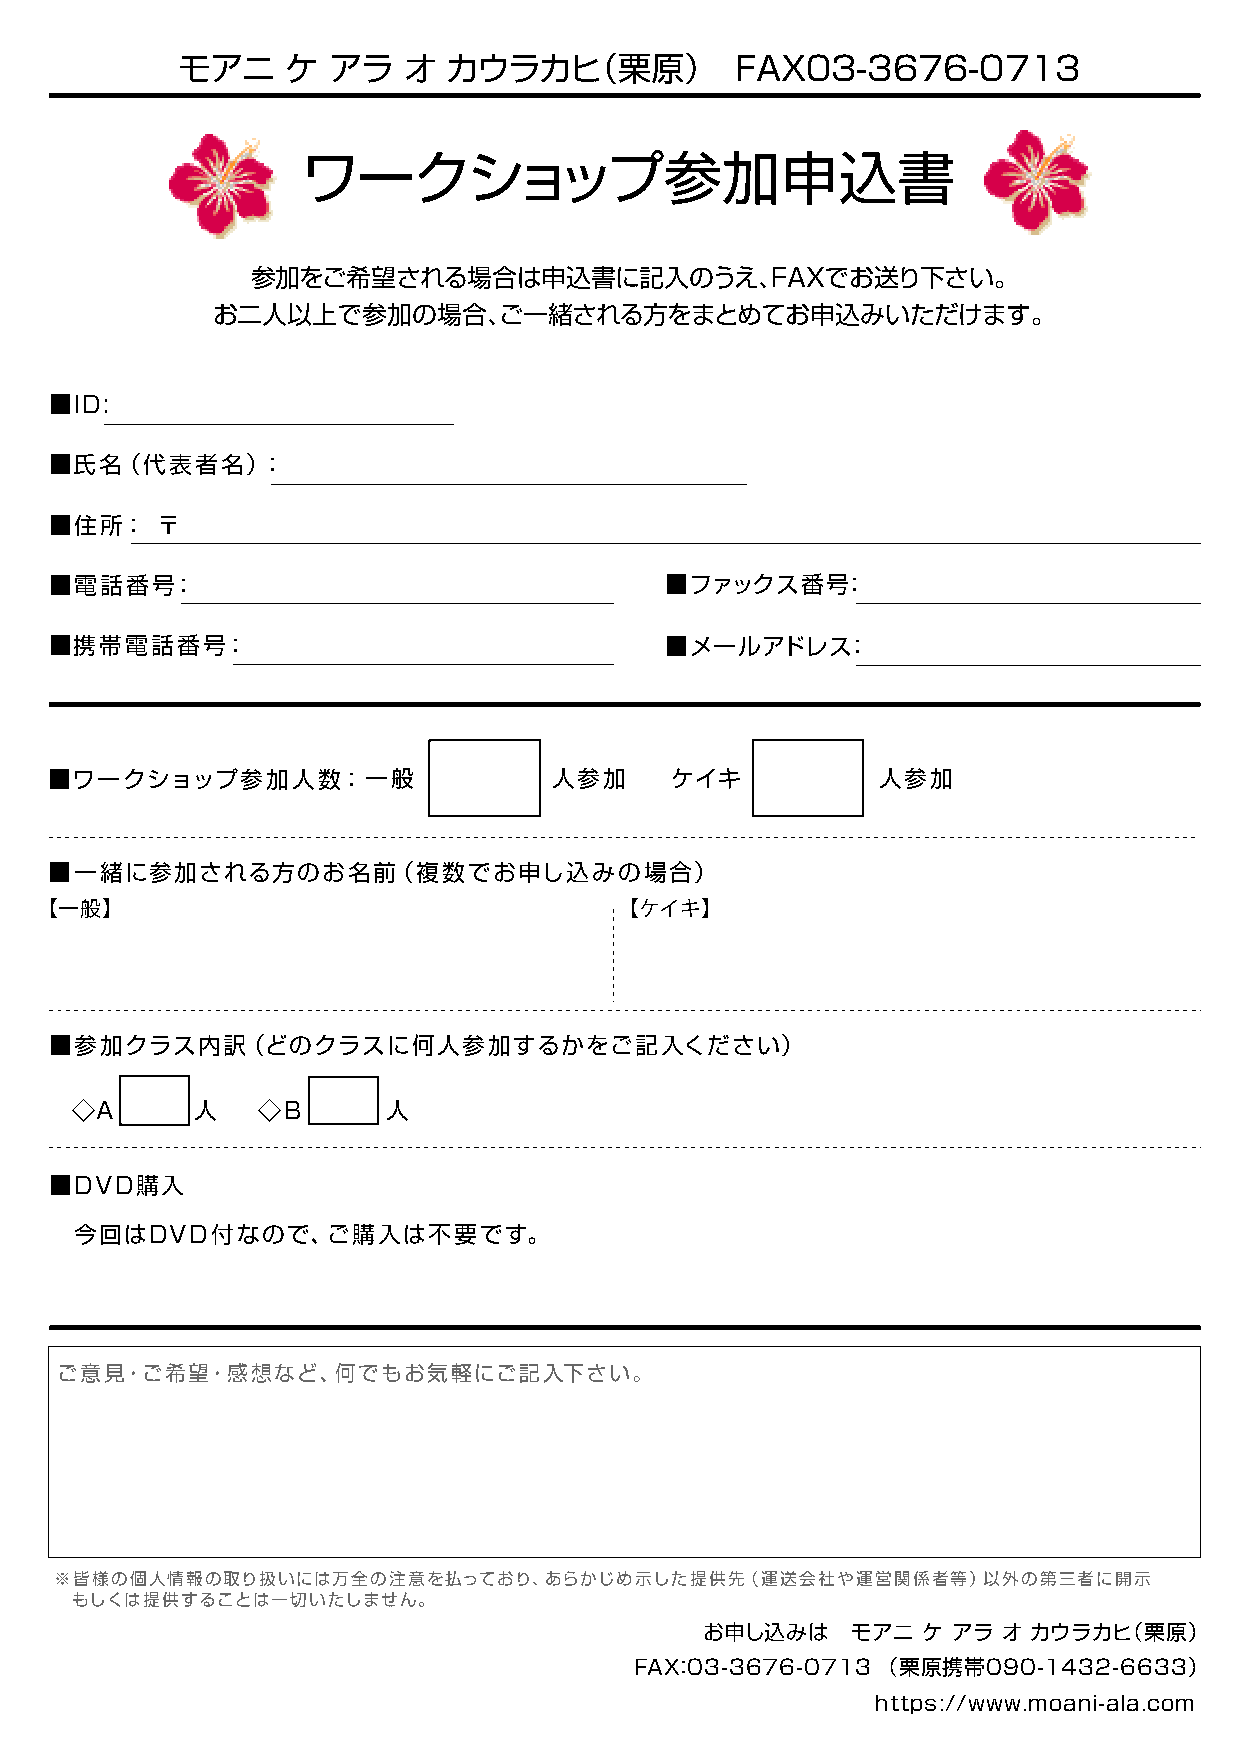
モアニ    ケ  アラ   オ  カウラカヒ（栗原）          FAX03-3676-0713
 ワークショップ参加申込書
 参加をご希望される場合は申込書に記入のうえ、FAXでお送り下さい。
 お二人以上で参加の場合、ご一緒される方をまとめてお申込みいただけます。
 ■ID:
 ■氏名（代表者名）：
 ■住所：   〒
 ■電話番号：                                   ■ファックス番号：
 ■携帯電話番号：                                 ■メールアドレス：
 ■ワークショップ参加人数：一般                   人参加    ケイキ           人参加
 ■一緒に参加される方のお名前（複数でお申し込みの場合）
 【一般】                                   【ケイキ】
 ■参加クラス内訳（どのクラスに何人参加するかをご記入ください）
 ◇A      人   ◇B       人
 ■DVD購入
 今回はDVD付なので、ご購入は不要です。
 ご意見・ご希望・感想など、何でもお気軽にご記入下さい。
 ※皆様の個人情報の取り扱いには万全の注意を払っており、あらかじめ示した提供先（運送会社や運営関係者等）以外の第三者に開示
 もしくは提供することは一切いたしません。
 お申し込みは    モアニ  ケ アラ オ カウラカヒ（栗原）
 FAX：03-3676-0713 （ 栗原携帯090-1432-6633）
 https://www.moani-ala.com